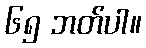
၆၅ ဘတ်ပါ။